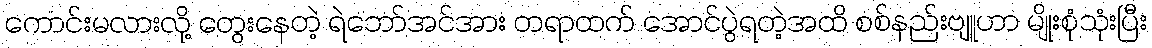
ကောင်းမလားလို့ တွေးနေတဲ့ ရဲဘော်အင်အား တရာထက် အောင်ပွဲရတဲ့အထိ စစ်နည်းဗျူဟာ မျိုးစုံသုံးပြီး